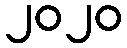
၂၀၂၀